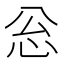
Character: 忩